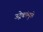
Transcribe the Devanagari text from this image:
उद्रेकांमुळे